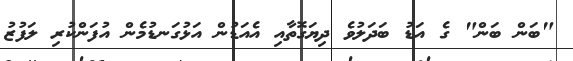
"ބަން ބަން" ގެ އަޑު ބަދަލުވެ ދިޔަގޮތާއި އެއަޑުން އަޅުގަނޑުމެން އުފަންކުރި ލަފުޒު